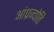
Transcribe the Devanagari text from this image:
आंध्रज्योति